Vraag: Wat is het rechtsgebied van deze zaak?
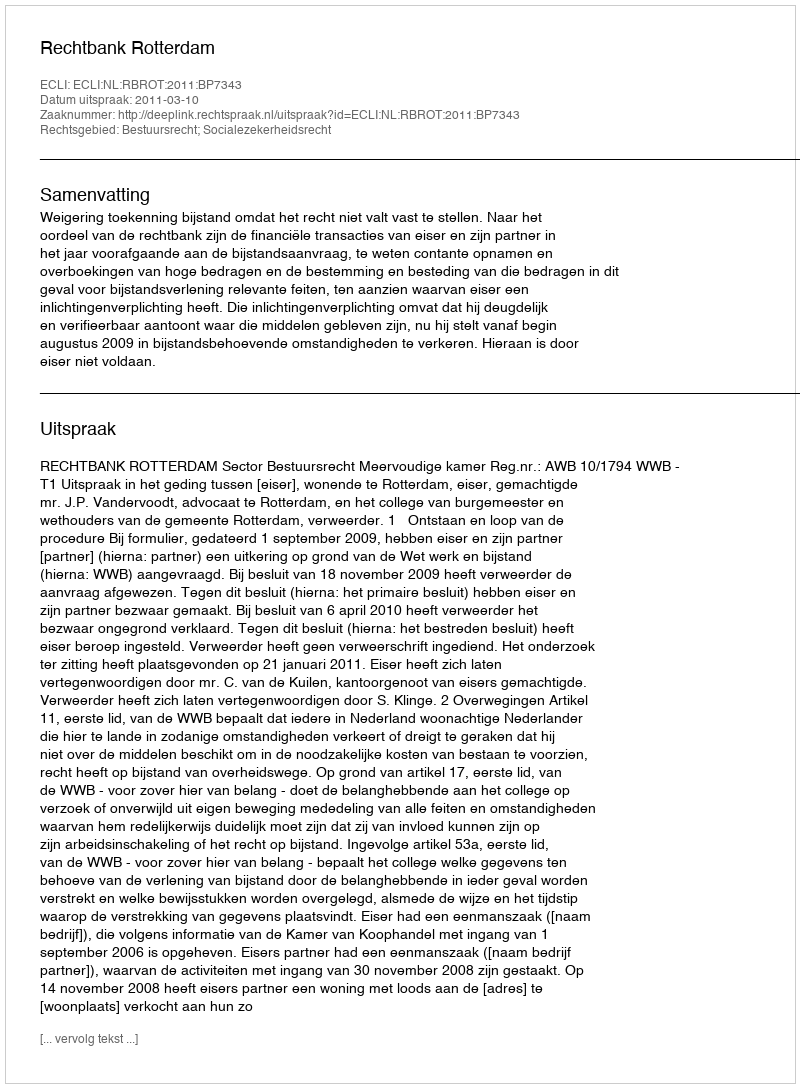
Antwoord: Bestuursrecht; Socialezekerheidsrecht